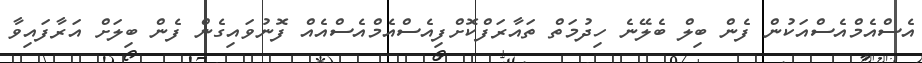
އެސްއެމްއެސްއަކުން ފެން ބިލް ބެލޭނެ ހިދުމަތް ތައާރަފްކޮށްފިއެސްއެމްއެސްއެއް ފޮނުވައިގެން ފެން ބިލަށް އަރާފައިވާ